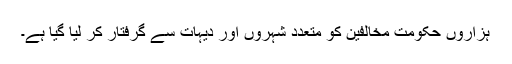
ہزاروں حکومت مخالفین کو متعدد شہروں اور دیہات سے گرفتار کر لیا گیا ہے۔